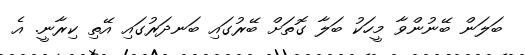
ބަލަން ބޭނުންވާ މީހަކު ބަލާ ގޮތަށް ބޭރުގައި ބަނދަރުގައި އޭތި ކިރާނީ. އެ